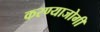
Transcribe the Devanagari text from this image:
करण्‍याजोगी